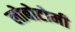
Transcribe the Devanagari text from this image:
लोबोटोमी